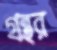
গ্রন্থর